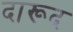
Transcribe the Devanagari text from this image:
दारूद